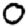
Digit: 0